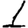
Digit: 1